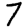
Digit: 7